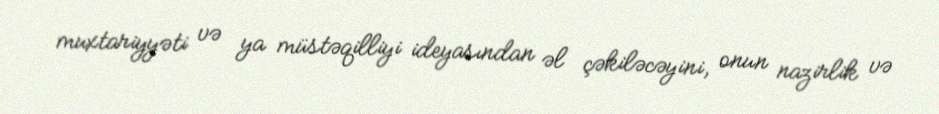
muxtariyyəti və ya müstəqilliyi ideyasından əl çəkiləcəyini, onun nazirlik və